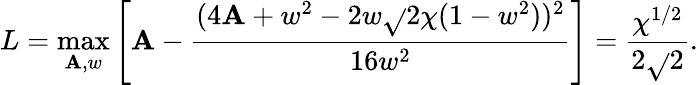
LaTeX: L=\operatorname*{max}_{\mathbf{A},w}\left[\mathbf{A}-\frac{{(4\mathbf{A}+w^{2}-2w\sqrt{}{{2\chi(1-w^{2})}})^{2}}}{{16w^{2}}}\right]=\frac{{\chi^{1/2}}}{{2\sqrt{}{{2}}}}.